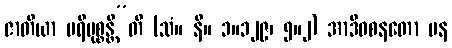
ဇာတိယာ ပရိမုစ္စန္တီ”တိ (သံ။ နိ။ ၁။၁၂၉၊ ၅။၂) အာဒိဝစနတော ပန